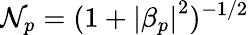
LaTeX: \mathcal{N}_{p}=(1+\left|\beta_{p}\right|^{2})^{-1/2}